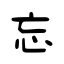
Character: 忘